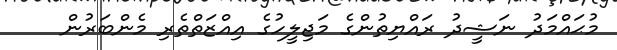
މުޙައްމަދު ނަޝީދު ރައްޔިތުންގެ މަޖިލީހުގެ އިއްޒަތްތެރި މެންބަރުން